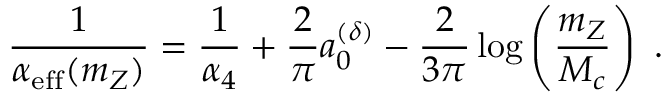
\frac { 1 } { \alpha _ { \mathrm { e f f } } ( m _ { Z } ) } = \frac { 1 } { \alpha _ { 4 } } + \frac { 2 } { \pi } a _ { 0 } ^ { ( \delta ) } - \frac { 2 } { 3 \pi } \log \left( \frac { m _ { Z } } { M _ { c } } \right) ~ .